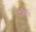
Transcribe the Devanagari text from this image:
टोलेपबै